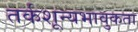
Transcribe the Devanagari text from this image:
तर्कशून्यभावुकता